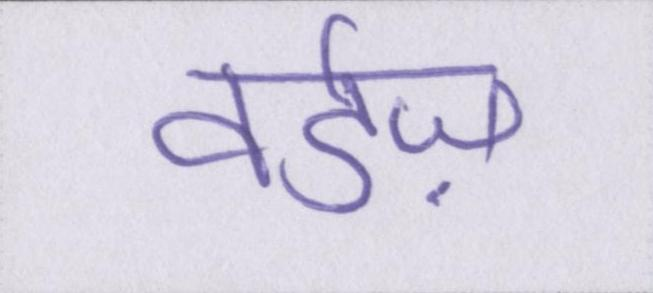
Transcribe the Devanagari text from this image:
वर्डज़